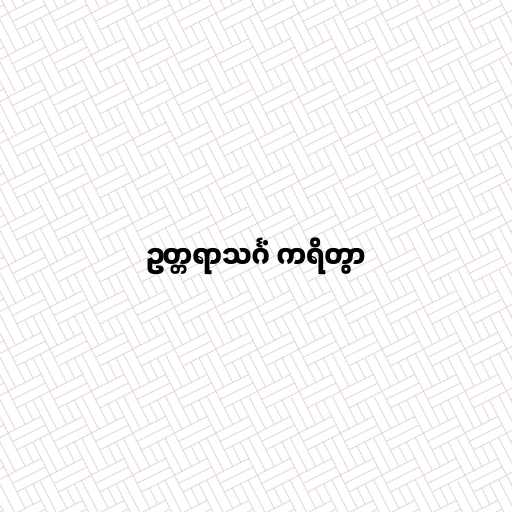
ဥတ္တရာသင်္ဂံ ကရိတွာ